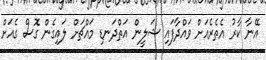
އޭނާ ކާރު އެތެރެއަށް ވައްދާފައި ޝަލީން އަތްދަނޑި މައްޗަށް ލައިގެން ގޮސް ގެއަށް